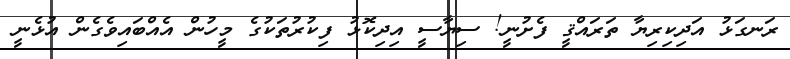
ރަނގަޅު އަދިކިރިޔާ ތަރައްޤީ ފެށުނީ! ސިޔާސީ އިދިކޮޅު ފިކުރުތަކުގެ މީހުން އެއްބައިވެގެން އުޅެނީ